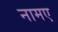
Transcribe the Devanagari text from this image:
नामए